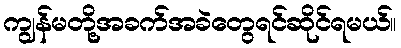
ကျွန်မတို့အခက်အခဲတွေရင်ဆိုင်ရမယ်။